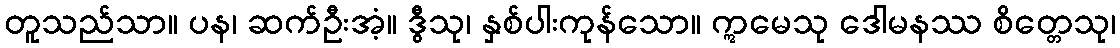
တူသည်သာ။ ပန၊ ဆက်ဦးအံ့။ ဒွီသု၊ နှစ်ပါးကုန်သော။ ဣမေသု ဒေါမနဿ စိတ္တေသု၊